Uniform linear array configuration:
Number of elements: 48
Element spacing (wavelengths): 0.5
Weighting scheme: uniform
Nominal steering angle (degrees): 60
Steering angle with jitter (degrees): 60.041
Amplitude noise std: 0.05
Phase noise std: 0.05

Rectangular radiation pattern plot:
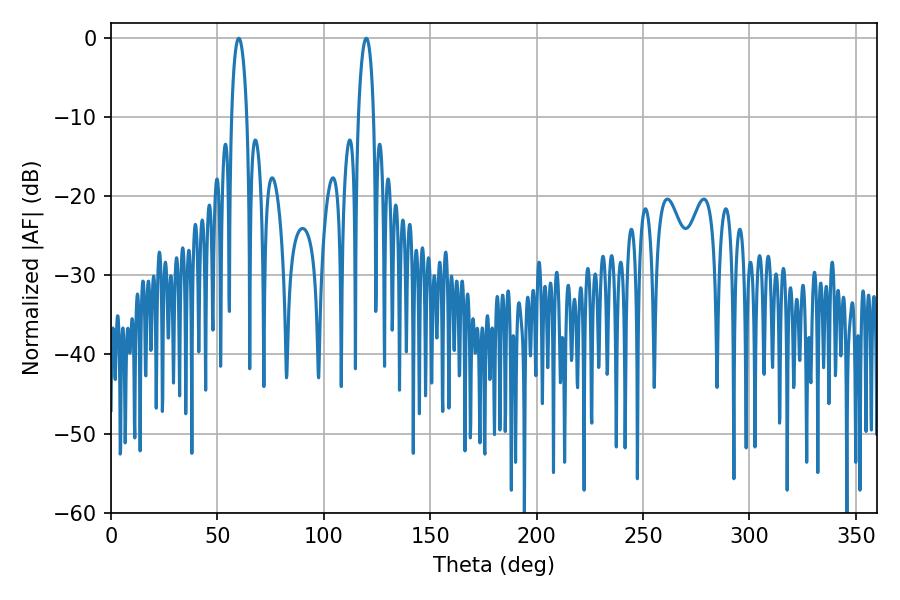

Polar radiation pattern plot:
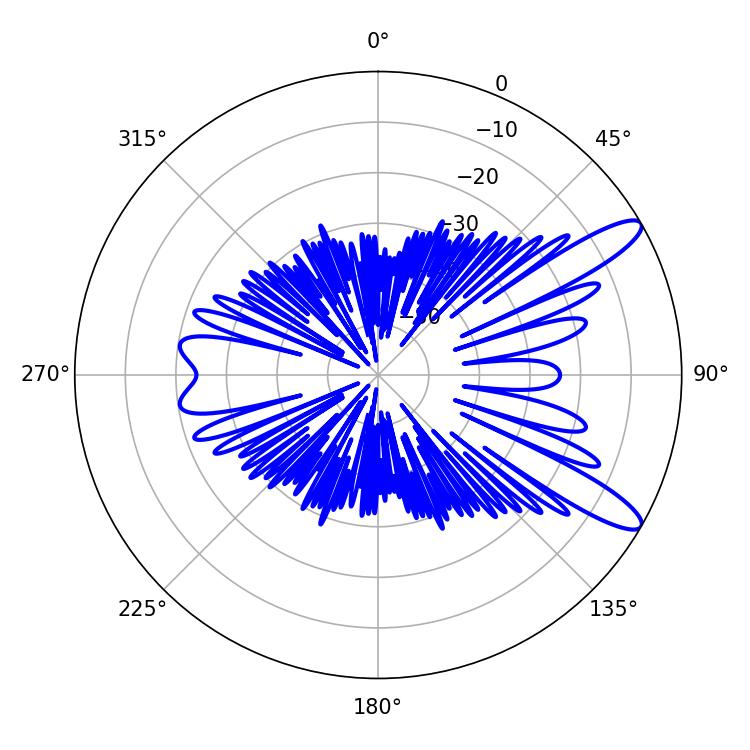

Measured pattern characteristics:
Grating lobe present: FALSE
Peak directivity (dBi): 11.559
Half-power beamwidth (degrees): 3.96
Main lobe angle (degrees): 60.12